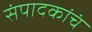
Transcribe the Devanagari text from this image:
संपादकांचं